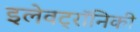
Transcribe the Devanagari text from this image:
इलेवट्रॉनिकी